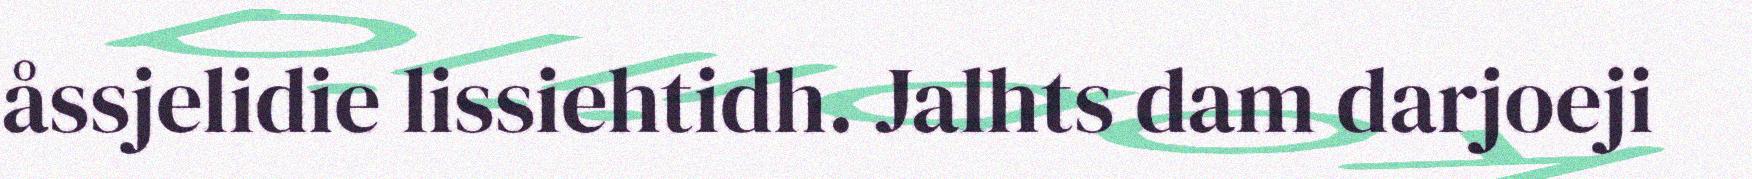
åssjelidie lissiehtidh. Jalhts dam darjoeji